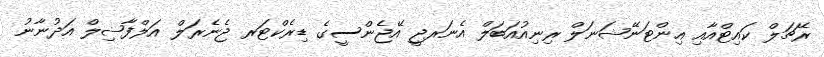
ރޭޗަލް ކައިޓްއާއި އިންޓަނޭޝަނަލް ރިނިއުއަބަލް އެނަރޖީ އޭޖެންސީގެ ޑިރެކްޓަރ ޖެނެރަލް އަލްފާޟިލް އަދުނާނު